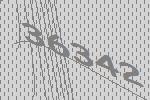
36342